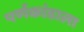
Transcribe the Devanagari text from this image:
पर्णकांडाला